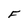
Character: F